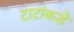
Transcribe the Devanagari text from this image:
टाटांकडे